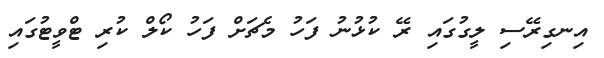
އިނގިރޭސި ލީގުގައި ރޭ ކުޅުނު ފަހު މެޗަށް ފަހު ކޯލް ކުރި ޓްވީޓުގައި